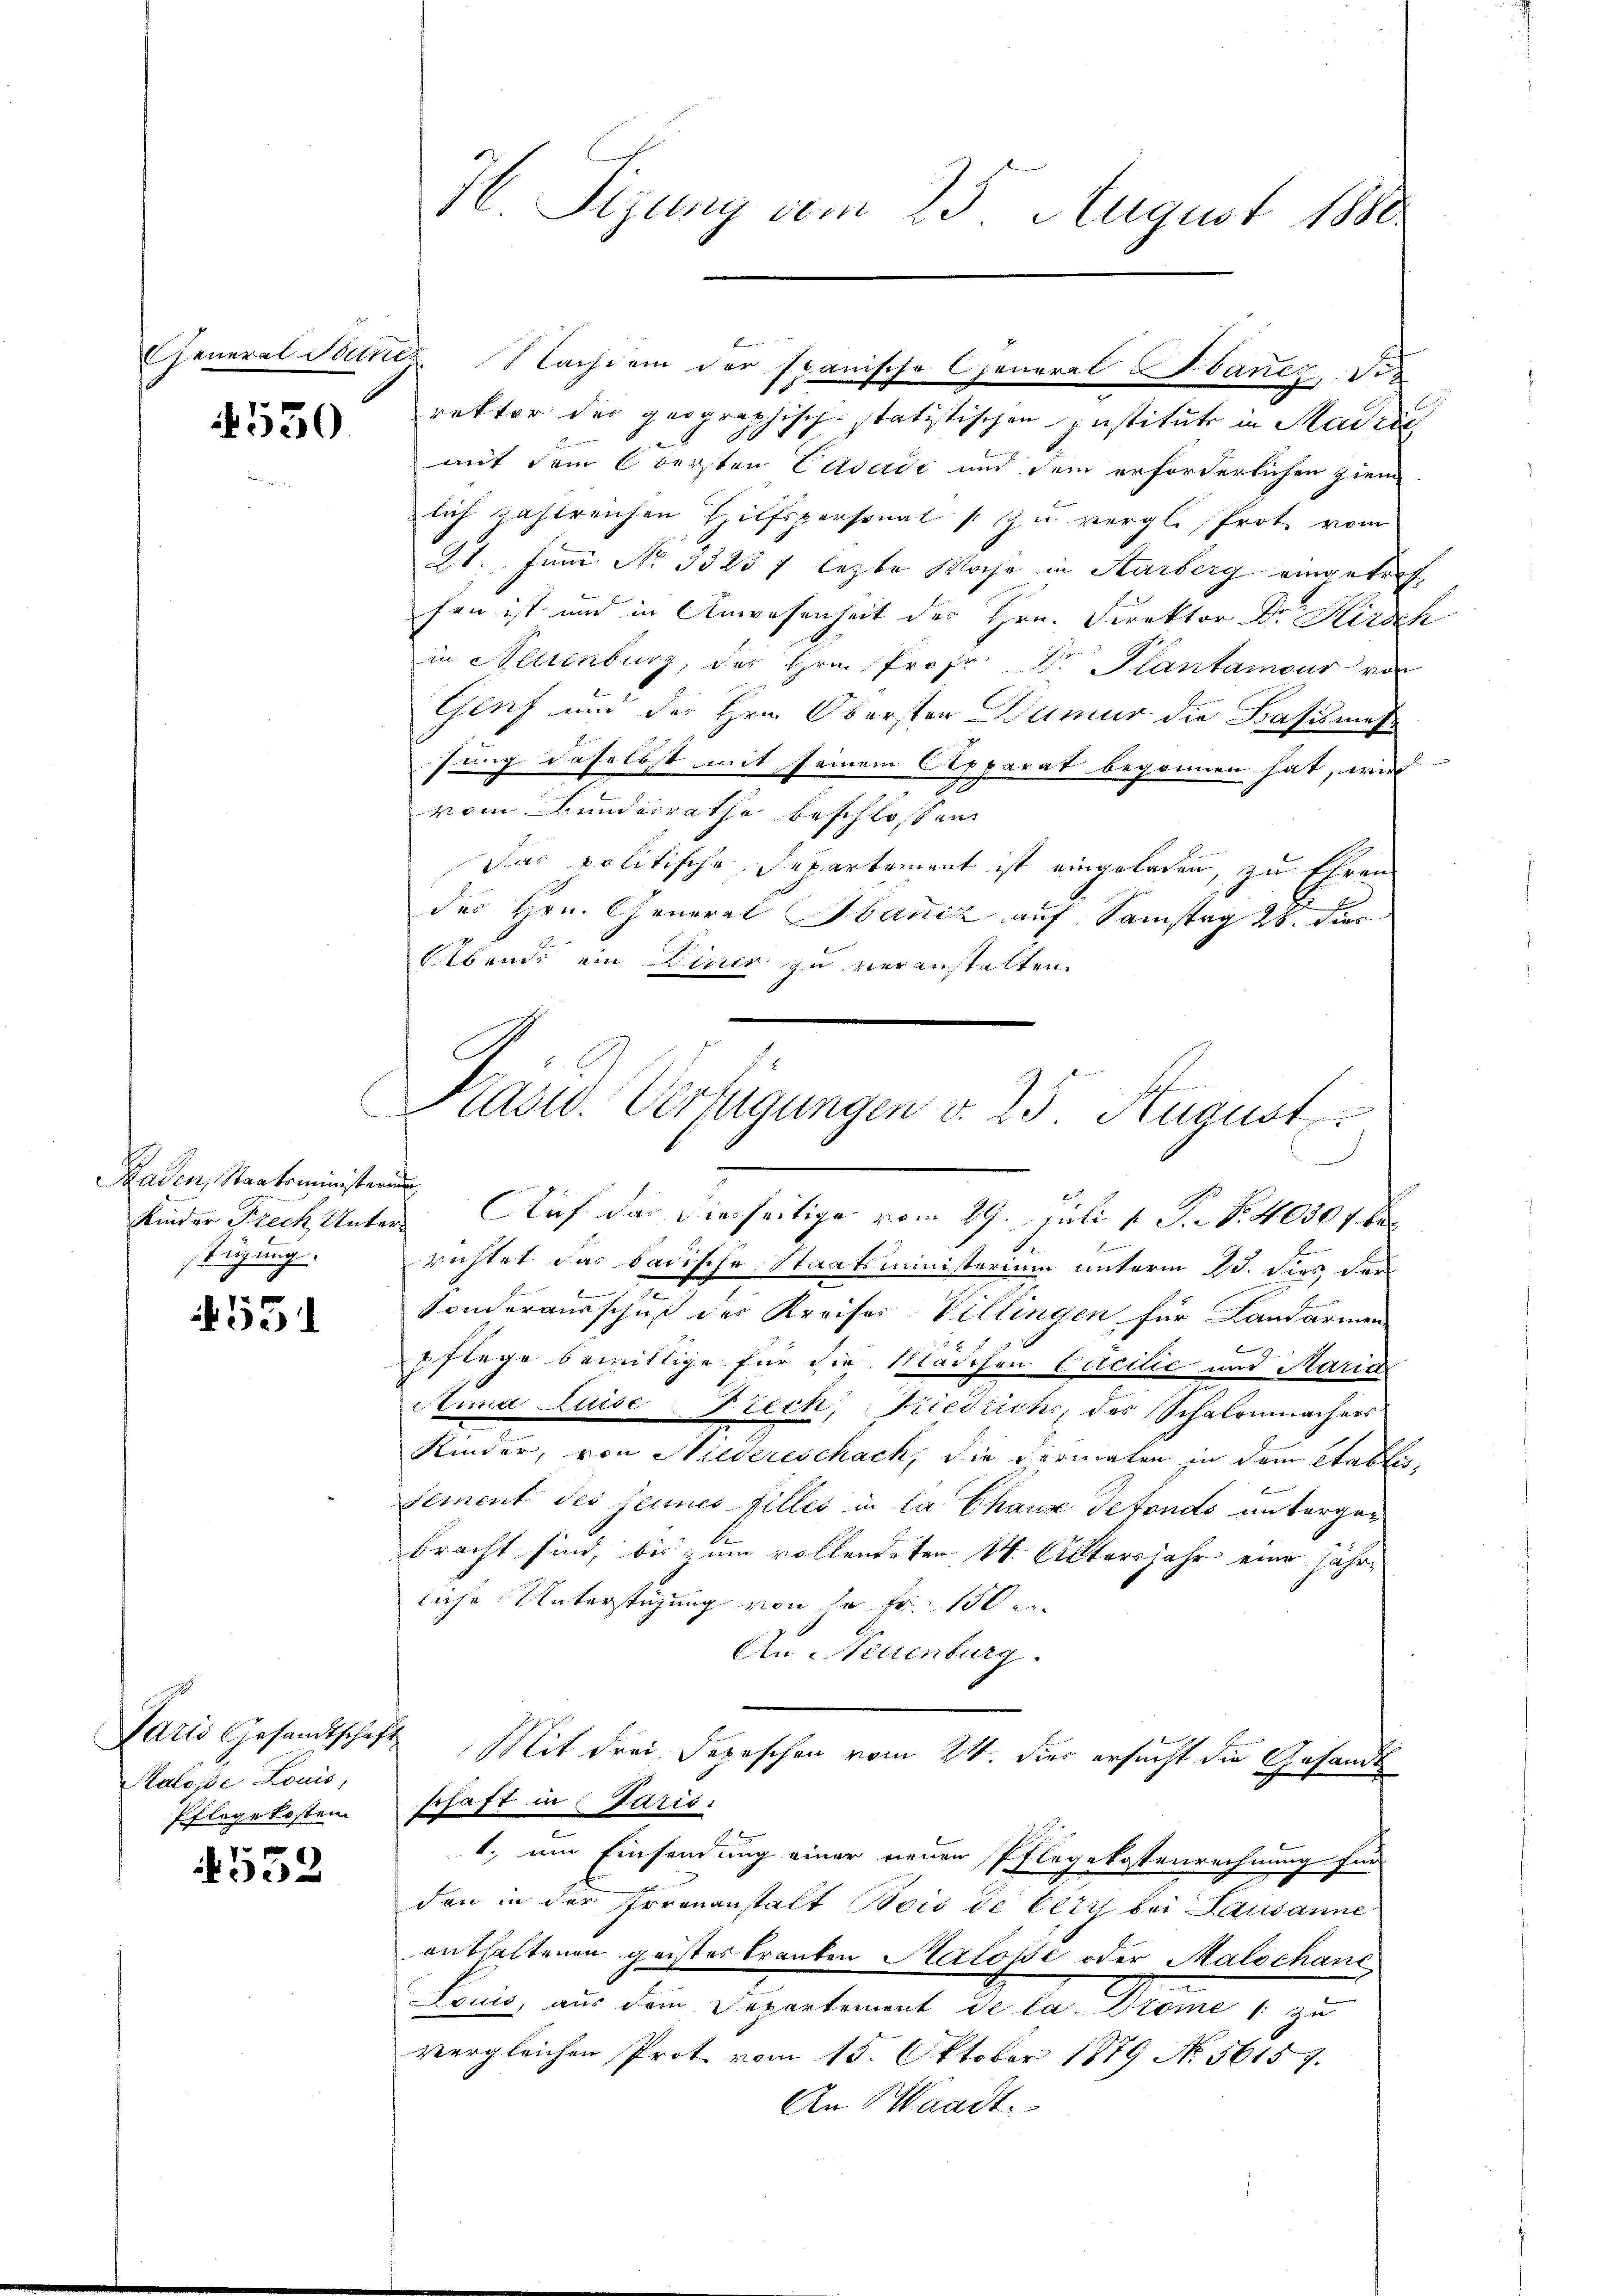
4530

aden, Staatsministerung
stügung.

x
e

Paris Gesandtschaft
Kaloise Louis,
Pflegekosten.

4552

H. Sizung vom 25. August 1880

General Stetter Nachdem der spanische General Sancz die
rektor der geographisch-statistischen Institute in Madri
mit dem Obersten Caserić und dem erforderlichen ziem
lich zahlreichen Hilfspersonal zu vergl. Prot. vom
21. Juni No 3323 f lezte Woche in Aarberg eingetrefhen ist und in Anwesenheit des Hrn. Direktor Dr. Hirsch
in Altenburg, des Hrn. Prof. Dr Plantamour von
Glich und der Hrn. Obersten Kumur die Basisman
d
sung daselbst mit seinem Apparat begonnen hat, wird
vom Bunderrathe beschlossen
Das politische Departement ist eingeladen, zu Ehren
b
des Hrn. General Hanik auf Samstag 28. dies
Abends ein Diner zu veranstalten.
Kinder Frech, Unter Auf das diesseitige vom 29. Juli 1 S. Nr. 40507 be
E
richtet das badische Staatsministerium unterm 23. dies der
b
Sonderausschuß des Kreises Villingen für Landarmen
9
pflege bewillige für die Mädchen Cocilie und Marie
Anna Luise-Frech, Friedrichs, des Schalenmachers
Kinder, von Niedereschack, die Pernorten in dem Etabliesement des seines filles in la Chaux detonds untergebracht sind, bis zum vollendeten 14. Altersjahr eine jährliche Unterstüzung von so fr. 150
An Neuenburg.
Mit drei Depeschen vom 24. dies ersucht die Gesandt
schaft in Paris.
1. um Einsendung einer neuen Pflegekostenrechnung für
den in der Irrenanstalt Bois de Cery bei Lausanne
enthaltenen geistes tranten Salosse oder Malschane
Peci, aus den Departement de la Prome u. zu
vergleichen Prot vom 15. Oktober 1879 No 5615 f.
An Waadt.

Pasid. Verfügungen v. 25 Stucust